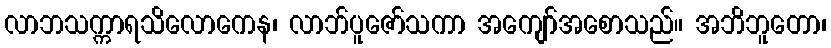
လာဘသက္ကာရသိလောကေန၊ လာဘ်ပူဇော်သကာ အကျော်အစောသည်။ အဘိဘူတော၊